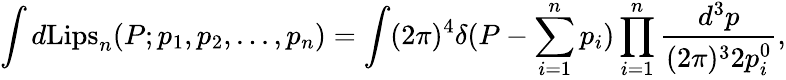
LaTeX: \int d\mathrm{Lips}_{n}(P;p_{1},p_{2},...,p_{n})=\int(2\pi)^{4}\delta(P-\sum_{i=1}^{n}p_{i})\prod_{i=1}^{n}\frac{d^{3}p}{(2\pi)^{3}2p_{i}^{0}},